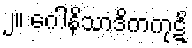
၂။ ဂေါနိသာဒိကကုဋိ